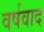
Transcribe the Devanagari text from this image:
वर्षवाद